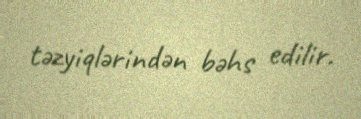
təzyiqlərindən bəhs edilir.